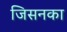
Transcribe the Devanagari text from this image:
जिसनका